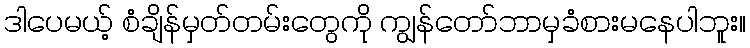
ဒါပေမယ့် စံချိန်မှတ်တမ်းတွေကို ကျွန်တော်ဘာမှခံစားမနေပါဘူး။